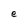
Character: e